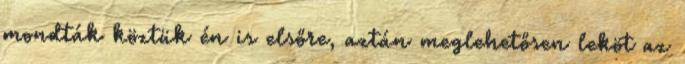
mondták köztük én is elsőre, aztán meglehetősen leköt az